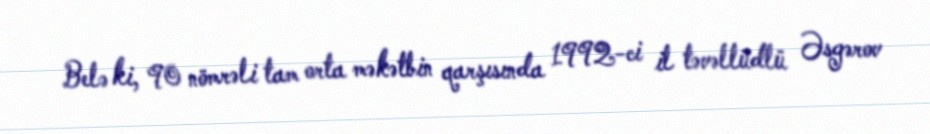
Belə ki, 90 nömrəli tam orta məkətbin qarşısında 1992-ci il təvəllüdlü Əsgərov